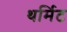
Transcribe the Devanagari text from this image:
थर्मिट